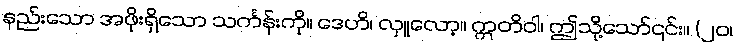
နည်းသော အဖိုးရှိသော သင်္ကန်းကို။ ဒေဟိ၊ လှူလော့။ ဣတိဝါ၊ ဤသို့သော်၎င်း။ (၂၀၊